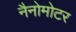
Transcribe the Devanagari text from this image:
नैनोमोटर